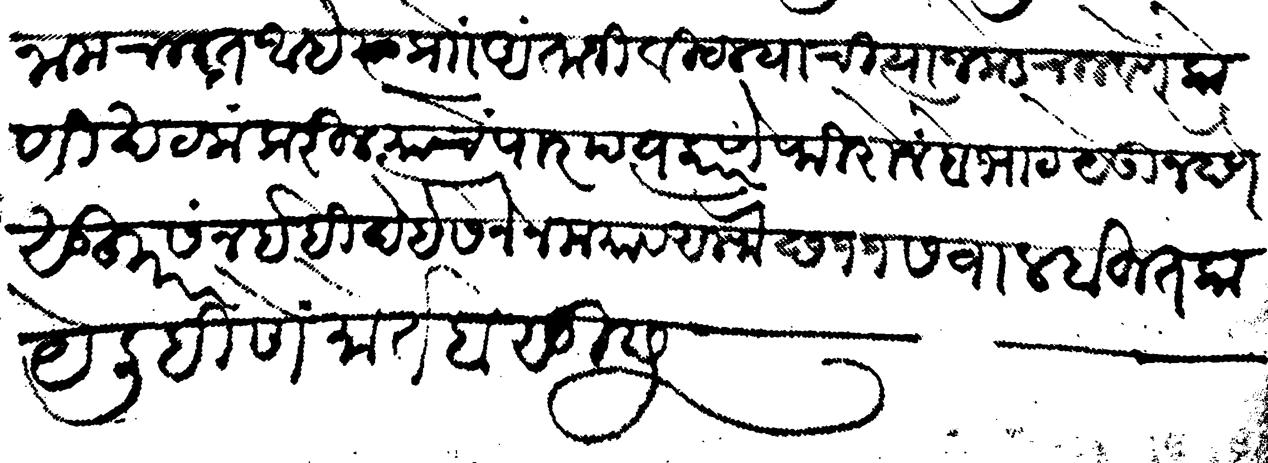
Transliteration (Devanagari): इनाम चालत आहे त्या प्राो अंताजी विटल याची त्याजकडे चालवणे कोणी खटला करील त्याचे पारपत्य करणे फिरोन बोभाट येऊ न देणे सुहूर सन इहिदे इसनेन मया व अलफ छ ११ सवाल बहुत काये लिहिणें मोर्तब सुद